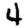
Digit: 4